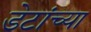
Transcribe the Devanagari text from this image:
डेटांच्या